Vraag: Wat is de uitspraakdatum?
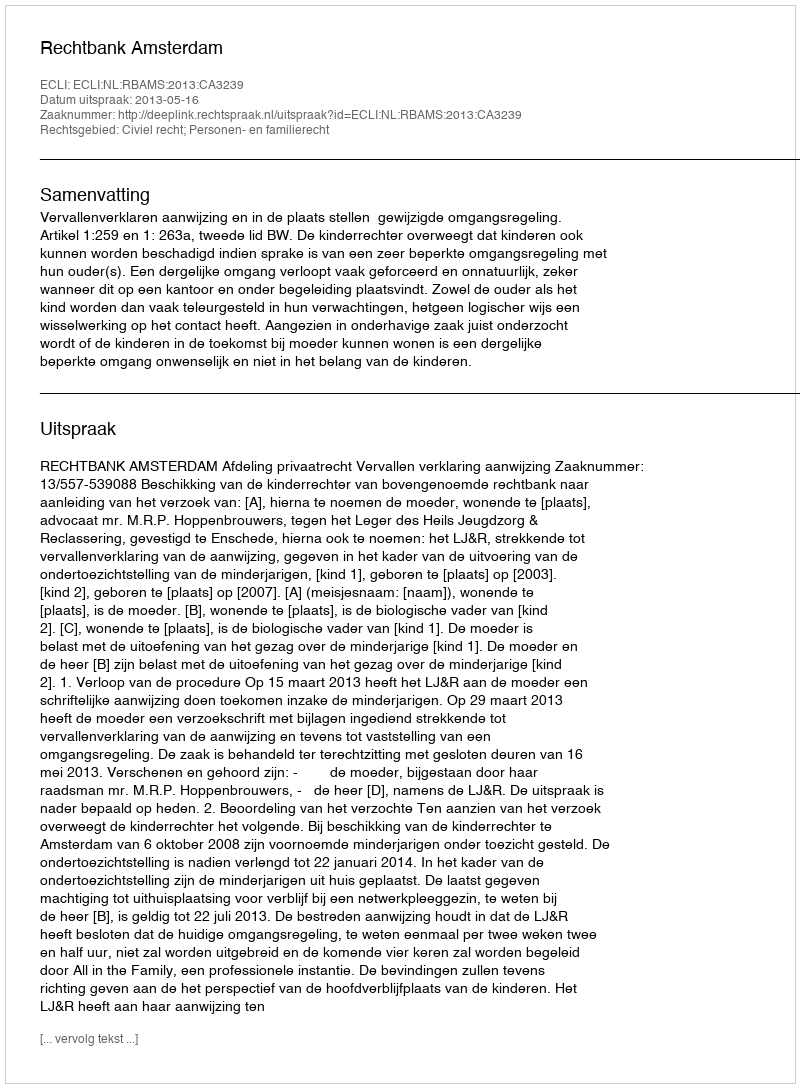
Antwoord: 2013-05-16